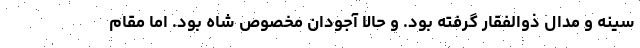
سینه و مدال ذوالفقار گرفته بود. و حالا آجودان مخصوص شاه بود. اما مقام